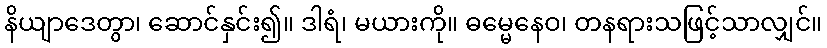
နိယျာဒေတွာ၊ ဆောင်နှင်း၍။ ဒါရံ၊ မယားကို။ ဓမ္မေနေဝ၊ တနရားသဖြင့်သာလျှင်။